Civil Veterinary Department. Central Provinces & Berar 1925-31 - 1925-1931
Year: 1925
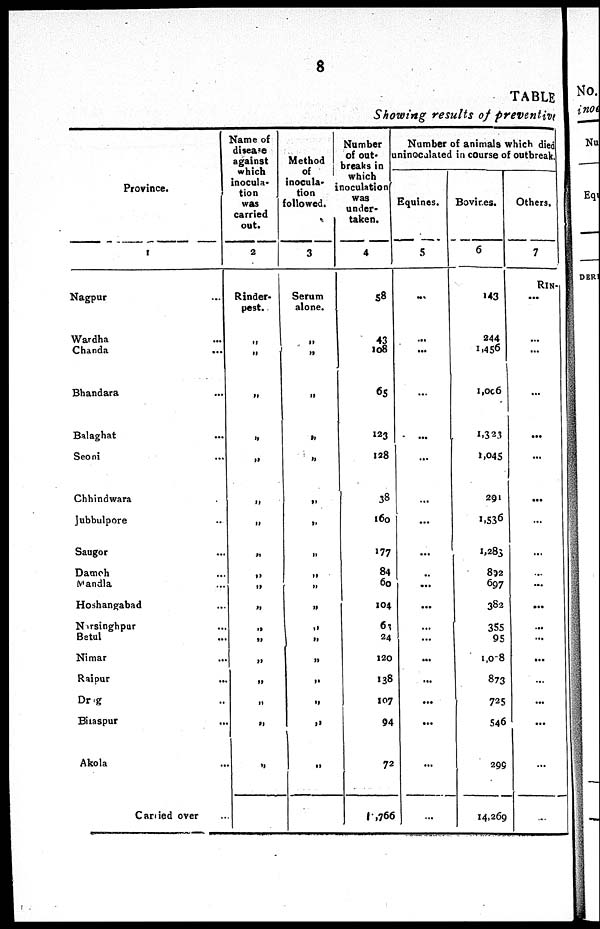
8
TABLE
Showing results of preventive
Province.
1
Nagpur ...
Wardha
...
Chanda
...
Bhandara ...
Balaghat ...
Seoni ...
Chhindwara ...
Jubbulpore ...
Saugor ...
Dameh ...
Mandla ...
Hoshangabad ...
Narsinghpur ...
Betul ...
Nimar ...
Raipur
...
Drug ...
Bilaspur ...
Akola ...
Carded oyer ...
Name of
disease
against
which
inocula-
tion
was
carried
out.
2
Rinder-
pest.
„
„
„
„
„
„
„
„
„
„
„
„
„
„
„
„
„
„
Method
of
inocula-
tion
followed.
3
Serum
alone.
„
„
„
„
„
„
„
„
„
„
„
„
„
„
„
„
„
„
Number
of
out-
breaks in
which
noculation
was
under-
taken.
4
58
43
108
65
123
128
38
160
177
84
60
104
63
24
120
138
107
94
72
1 ,766
Number of animals which died
ninocalated in course of outbreak.
Equines.
5
...
...
...
...
...
...
...
...
...
...
...
...
...
...
...
...
...
...
...
Bovines.
6
143
244
1,456
1,006
1,323
1,045
291
1,536
1,283
892
697
382
355
95
1,0 8
873
725
546
299
14,269
Others.
7
RIN-
...
...
...
...
...
...
...
...
...
...
...
...
...
...
...
...
...
...
...